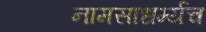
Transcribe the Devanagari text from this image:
नामसाधर्म्यच